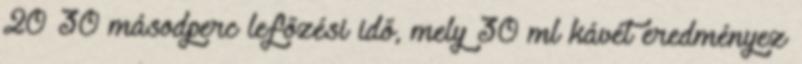
20–30 másodperc lefőzési idő, mely 30 ml kávét eredményez